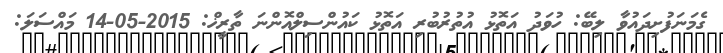
ގެމަނަފުށިދައުވާ ލިބޭ: ހުވަދު އަތޮޅު އުތުރުބުރި އަތޮޅު ކައުންސިލްއޮންނަ ތާރީޚް: 2015-05-14 މައްސަލަ: